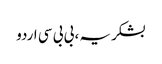
بشکریہ ، بی بی سی اردو